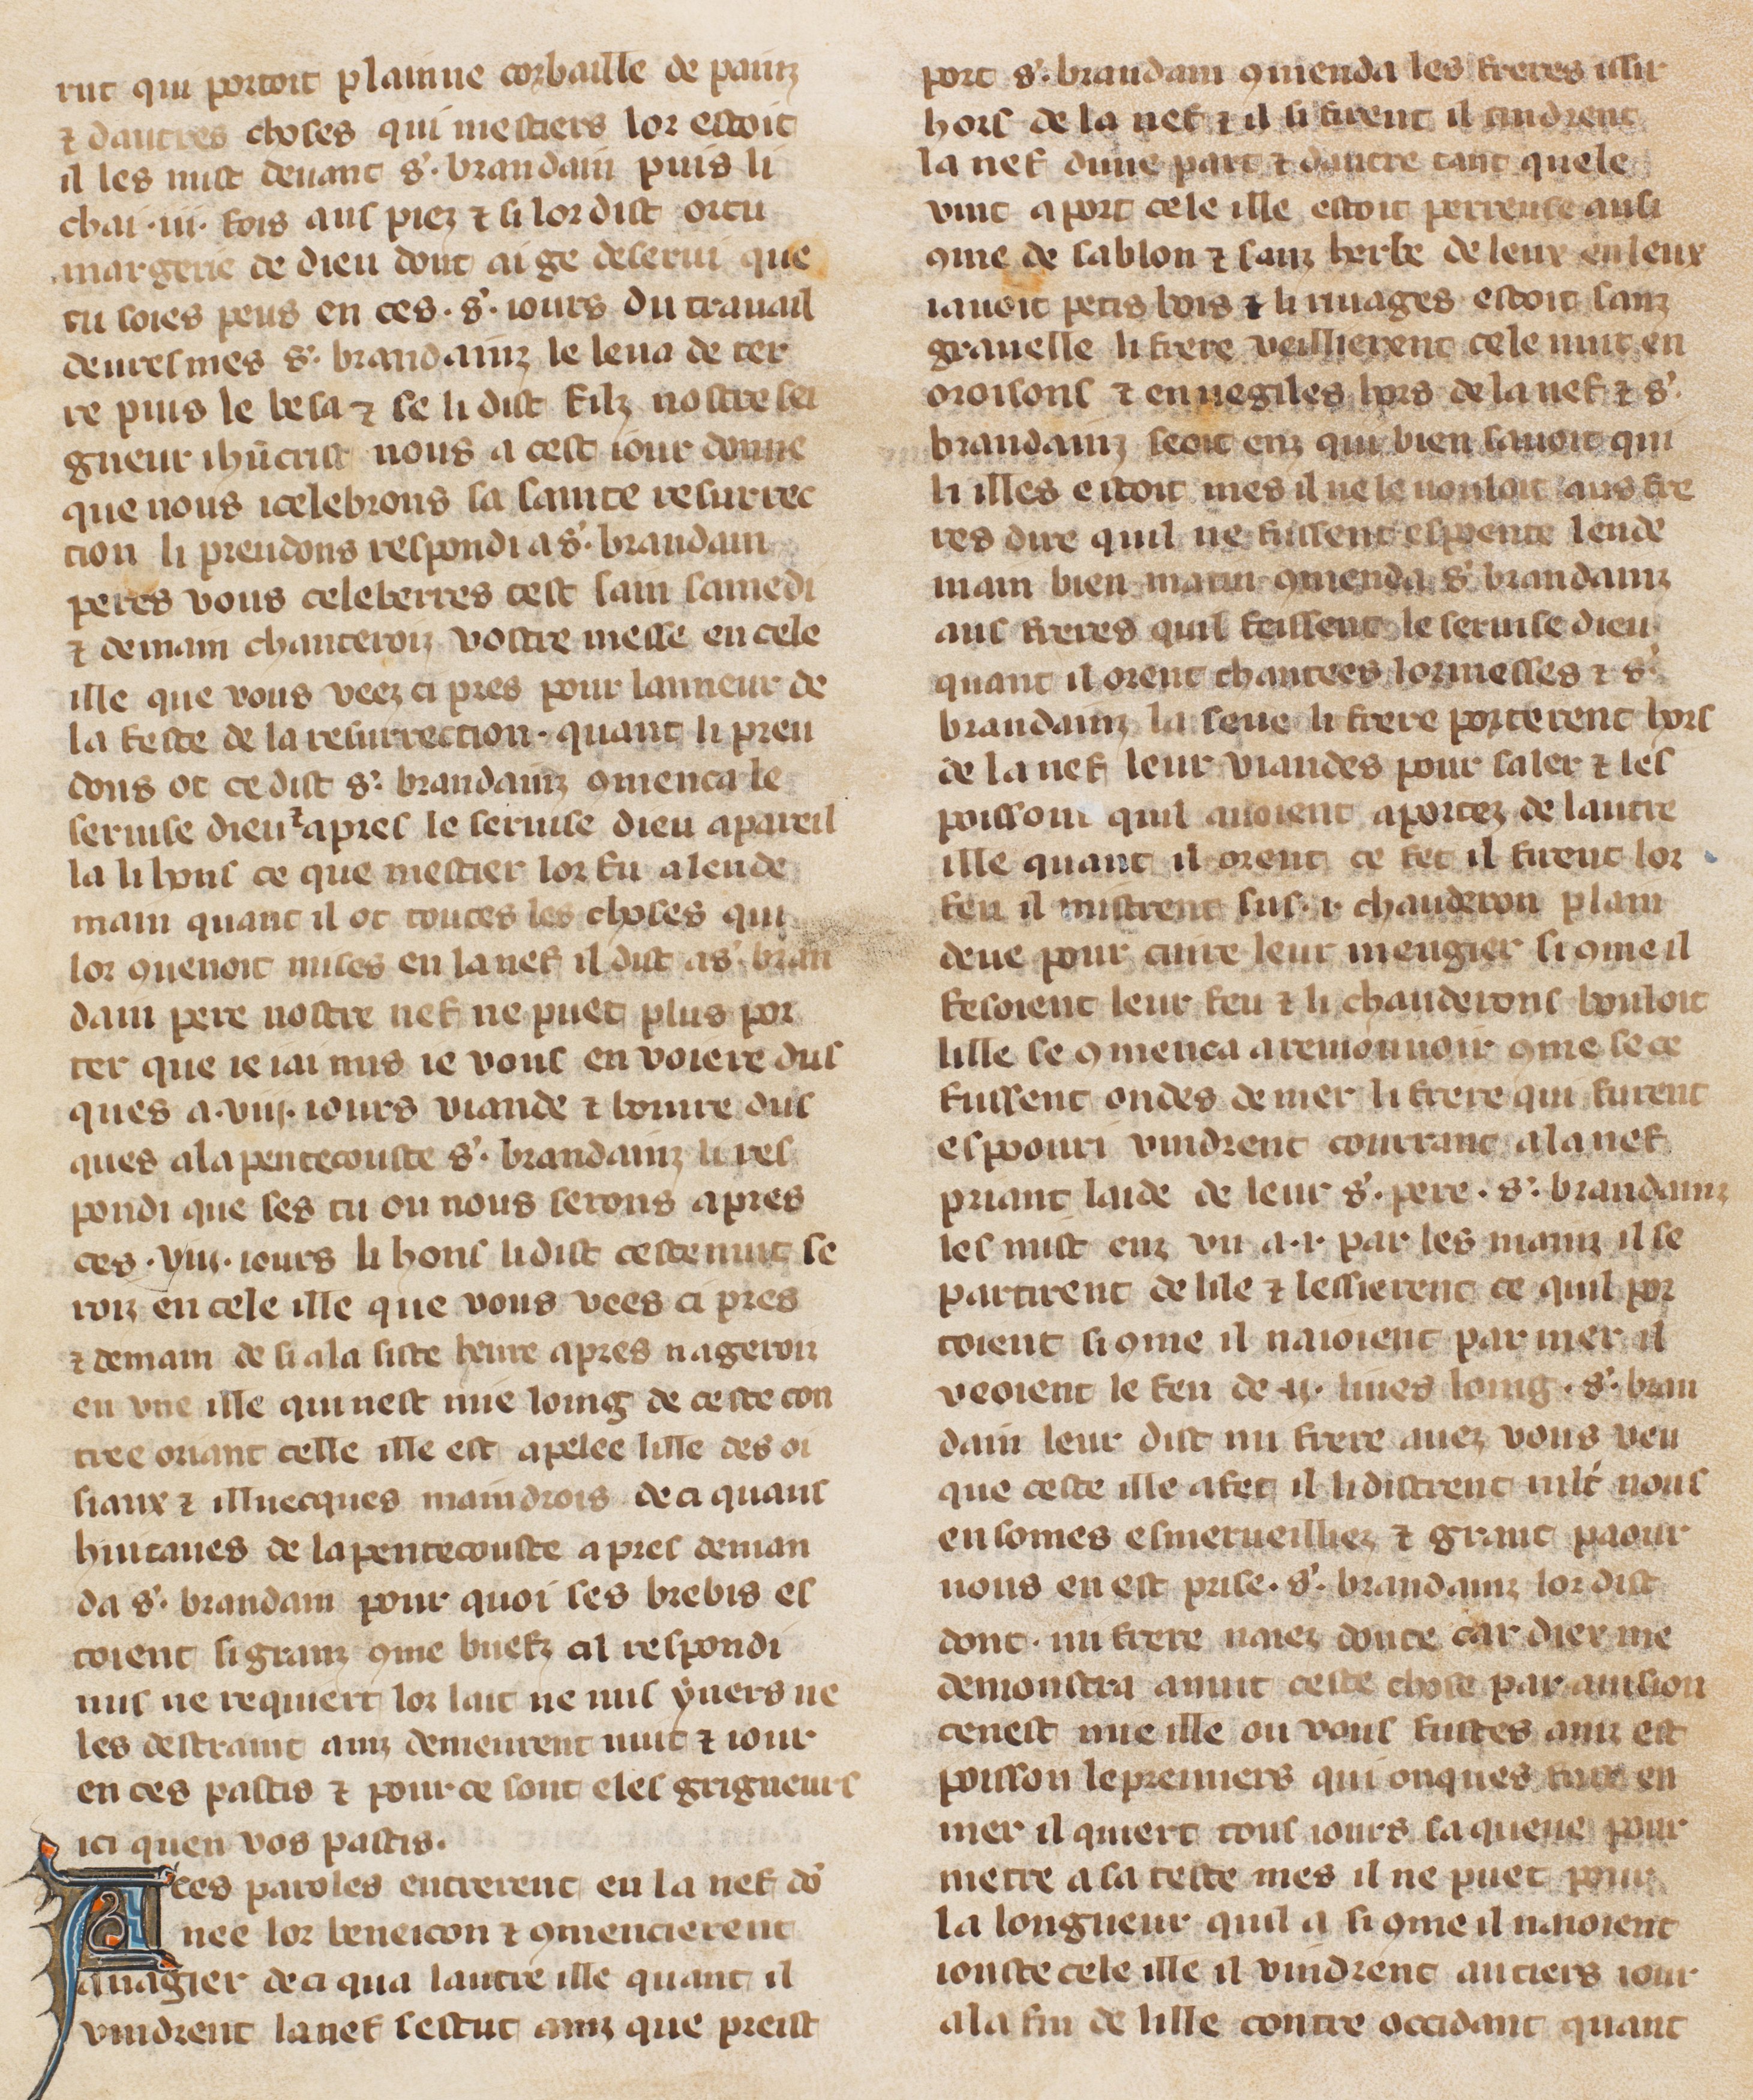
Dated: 1305–1335